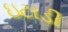
ઇટાડી